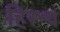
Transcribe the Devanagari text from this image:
हिरश्च